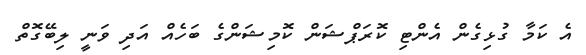
އެ ކަމާ ގުޅިގެން އެންޓި ކޮރަޕްޝަން ކޮމިޝަންގެ ބަހެއް އަދި ވަނީ ލިބޭގޮތް